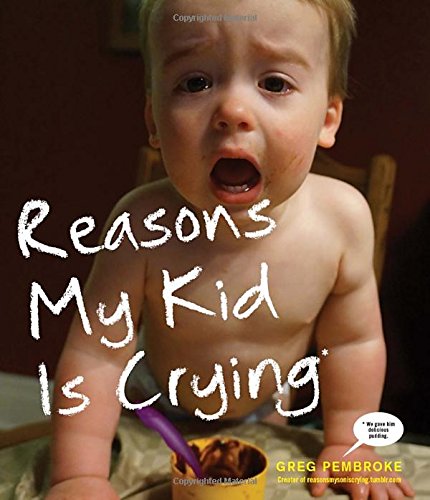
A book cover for Reasons My Kid Is Crying; Greg Pembroke; Humor & Entertainment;